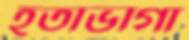
হতাভাগা